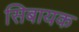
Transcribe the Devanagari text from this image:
सिबायक